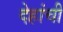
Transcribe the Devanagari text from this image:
देहांची